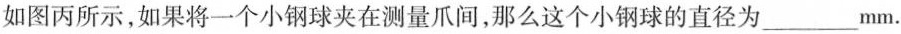
如图丙所示，如果将一个小钢球夹在测量爪间，那么这个小钢球的直径为___mm.